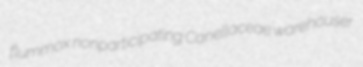
flummox nonparticipating Canellaceae warehouser